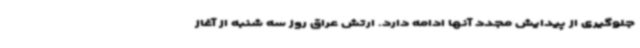
جلوگیری از پیدایش مجدد آنها ادامه دارد. ارتش عراق روز سه شنبه از آغاز